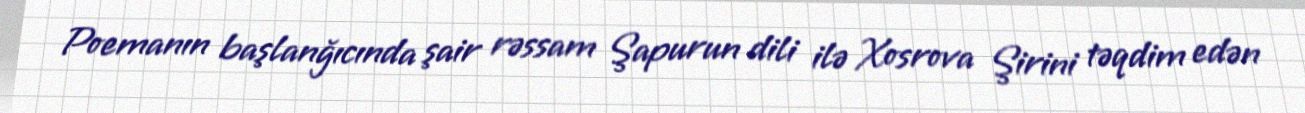
Poemanın başlanğıcında şair rəssam Şapurun dili ilə Xosrova Şirini təqdim edən